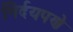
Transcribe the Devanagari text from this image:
निर्दयपणे